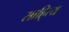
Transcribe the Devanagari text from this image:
साहि्त्य